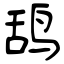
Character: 鸹